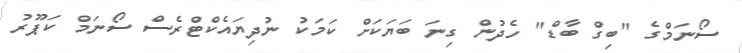
ސޯނަމްގެ "ބިގް ބާޑް" ހެދުން ގިނަ ބަޔަކަށް ކަމަކު ނުދިޔައެކްޓްރެސް ސޯނަމް ކަޕޫރު